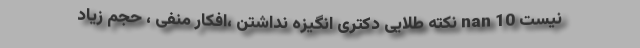
نیست nan 10 نکته طلایی دکتری انگیزه نداشتن ،افکار منفی ، حجم زیاد